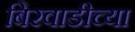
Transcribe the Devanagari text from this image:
बिरवाडीच्या